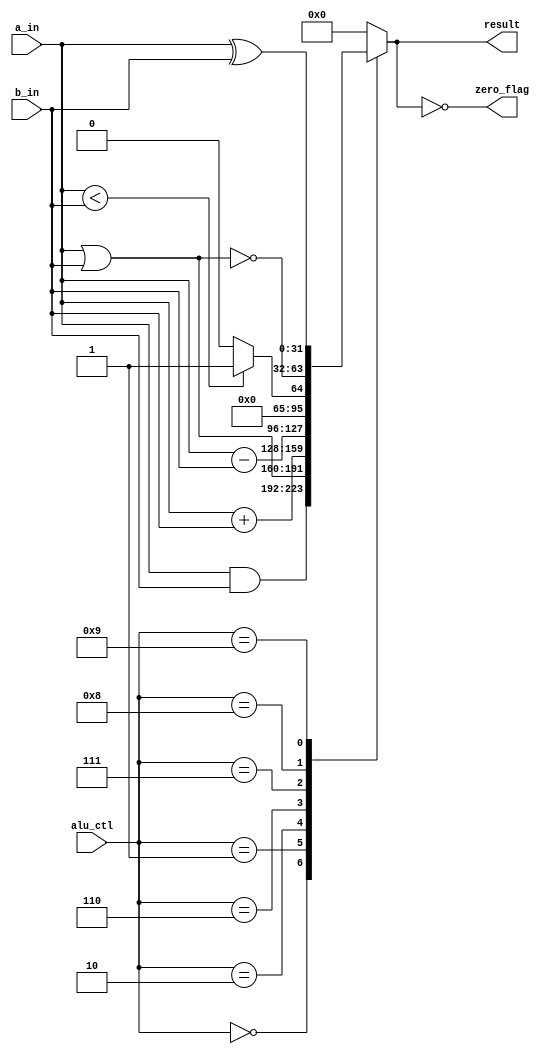
`timescale 1ns / 1ps

/**
 ALU Unit
 */
module alu ( input      [4:0]  alu_ctl, 
             input      [31:0] a_in, b_in, 
             output reg [31:0] result, 
             output            zero_flag );
   
     assign zero_flag = (result == 0);
   
     always @(alu_ctl, a_in, b_in) begin         // reevaluate if these change
          case (alu_ctl)
               0:  result = a_in & b_in;         // bitwise and
               1:  result = a_in | b_in;         // bitwise or
               2:  result = a_in + b_in;         // addition
               6:  result = a_in - b_in;         // substraction
               7:  result = a_in < b_in ? 1 : 0; // set on less than
               8:  result = ~(a_in | b_in);      // bitwise nor
               9:  result = a_in ^ b_in;         // bitwise xor
               default: result = 0;
          endcase
     end
   
endmodule